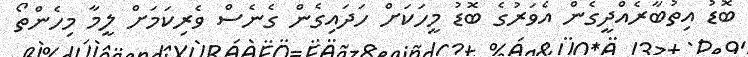
ބޮޑު އިތުބާރެއްދީގެން އެވަރުގެ ބޮޑު މީހަކަށް ހަދައިގެން ގެނެސް ވެރިކަމަށް ލީމާ މިހެންތޯ